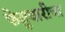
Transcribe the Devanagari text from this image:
फेब्रुवारीचा